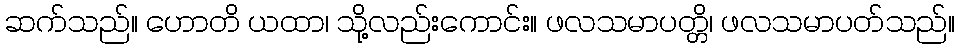
ဆက်သည်။ ဟောတိ ယထာ၊ သို့လည်းကောင်း။ ဖလသမာပတ္တိ၊ ဖလသမာပတ်သည်။